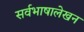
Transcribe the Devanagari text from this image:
सर्वभाषालेखन